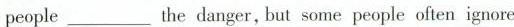
people___the danger, but some people often ignore